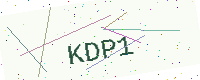
Text: KDP1